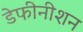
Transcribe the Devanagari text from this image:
डेफीनीशन